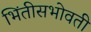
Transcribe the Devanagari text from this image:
भिंतीसभोवती